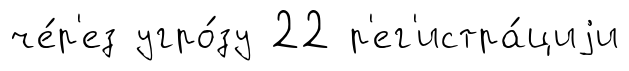
че́р'ез угро́зу 22 р'ег'истра́циjи